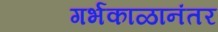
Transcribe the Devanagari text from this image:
गर्भकाळानंतर